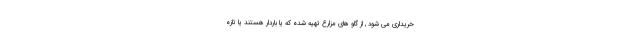
خریداری می شود , از گاو های مزارع تهیه شده که یا باردار هستند یا تازه